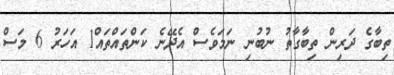
ތިބާގެ ދަރިން ތިބާގާތު ނުބުނި ނަމަވެސް އެދޭނެ ކަންތައްތައް1 އަހަރު 6 މަސް